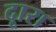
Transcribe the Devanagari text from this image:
दूारा